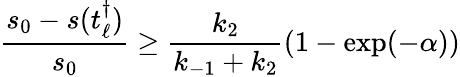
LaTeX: \frac{s_{0}-s(t_{\ell}^{\dagger})}{s_{0}}\geq\frac{k_{2}}{k_{-1}+k_{2}}\left(1-\exp(-\alpha)\right)